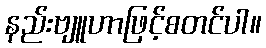
နည်းဗျူဟာဖြင့်စတင်ပါ။